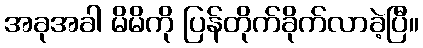
အခုအခါ မိမိကို ပြန်တိုက်ခိုက်လာခဲ့ပြီ။